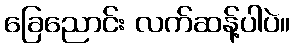
ခြေညောင်း လက်ဆန့်ပါပဲ။